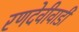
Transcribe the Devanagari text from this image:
रणदेवीवाडी